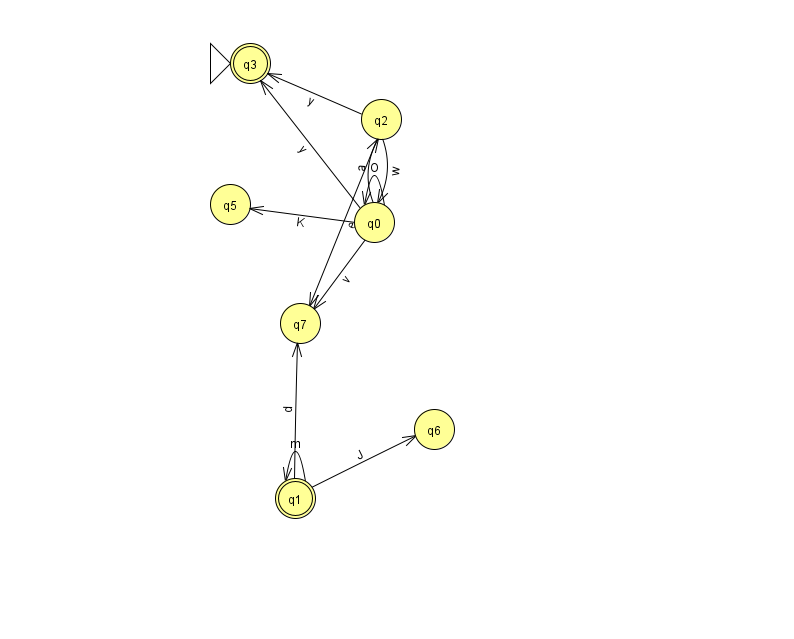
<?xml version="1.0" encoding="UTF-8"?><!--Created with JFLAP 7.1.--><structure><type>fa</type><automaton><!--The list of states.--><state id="0" name="q0"><x>374.0</x><y>209.0</y></state><state id="1" name="q1"><x>295.0</x><y>485.0</y><final/></state><state id="2" name="q2"><x>381.0</x><y>106.0</y></state><state id="3" name="q3"><x>250.0</x><y>50.0</y><initial/><final/></state><state id="5" name="q5"><x>230.0</x><y>191.0</y></state><state id="6" name="q6"><x>434.0</x><y>416.0</y></state><state id="7" name="q7"><x>300.0</x><y>310.0</y></state><!--The list of transitions.--><transition><from>2</from><to>3</to><read>y</read></transition><transition><from>0</from><to>7</to><read>v</read></transition><transition><from>1</from><to>7</to><read>d</read></transition><transition><from>2</from><to>0</to><read>w</read></transition><transition><from>0</from><to>3</to><read>y</read></transition><transition><from>0</from><to>2</to><read>a</read></transition><transition><from>2</from><to>7</to><read>e</read></transition><transition><from>1</from><to>6</to><read>J</read></transition><transition><from>0</from><to>5</to><read>K</read></transition><transition><from>1</from><to>1</to><read>m</read></transition><transition><from>0</from><to>0</to><read>O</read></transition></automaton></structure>